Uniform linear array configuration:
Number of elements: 12
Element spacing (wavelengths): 0.25
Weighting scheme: exponential
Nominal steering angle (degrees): -30
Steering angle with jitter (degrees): -28.557
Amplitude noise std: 0.05
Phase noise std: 0.05

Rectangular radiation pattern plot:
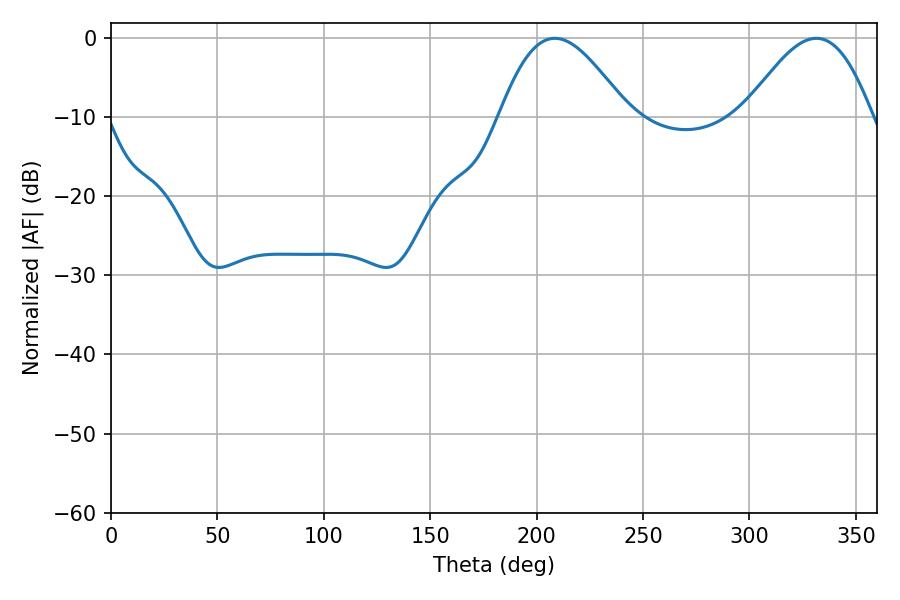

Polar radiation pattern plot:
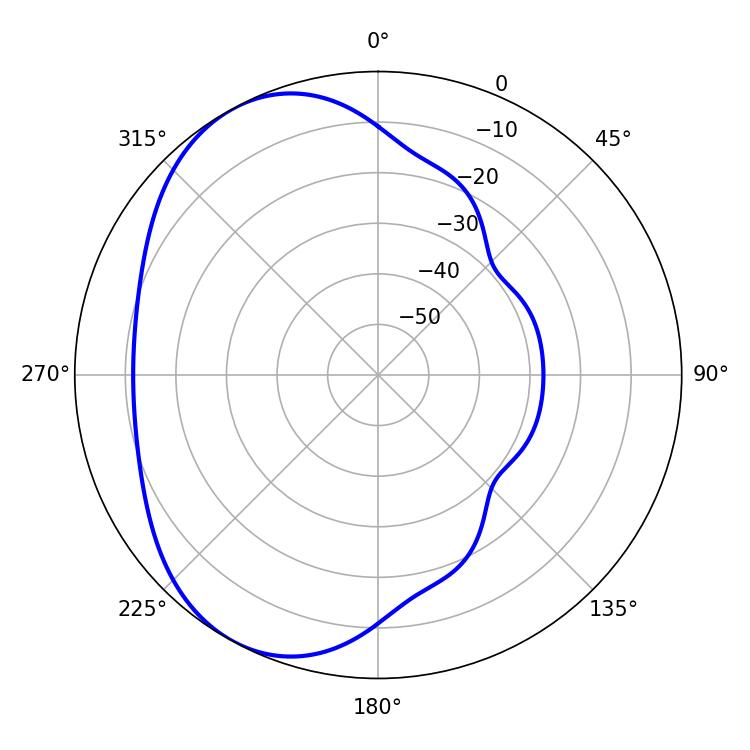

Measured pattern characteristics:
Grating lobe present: FALSE
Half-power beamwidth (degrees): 32.22
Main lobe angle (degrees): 208.62